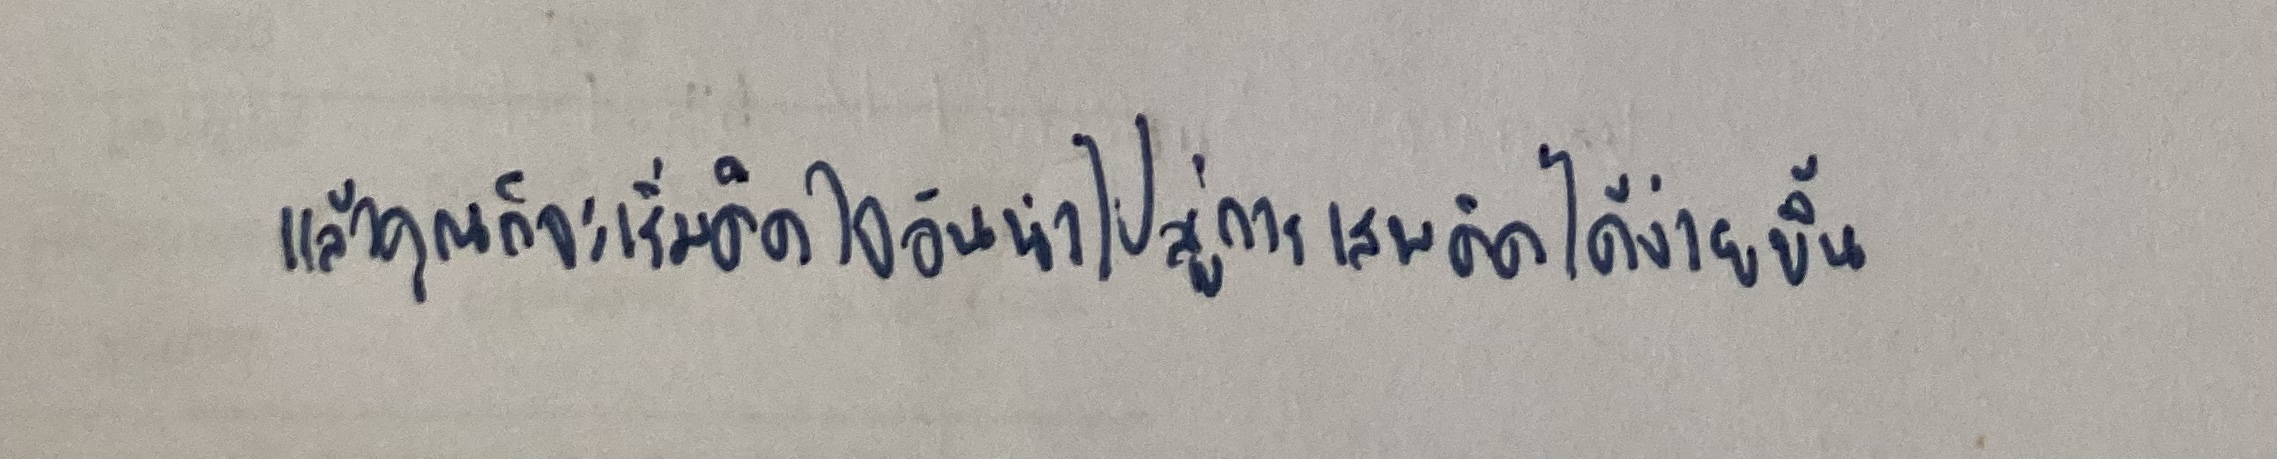
แล้วคุณก็จะเริ่มติดใจอันนำไปสู่การเสพติดได้ง่ายขึ้น